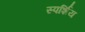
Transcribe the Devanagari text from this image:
स्पर्शिय